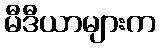
မီဒီယာများက